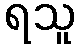
ရသူ